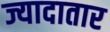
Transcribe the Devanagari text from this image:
ज्यादातार